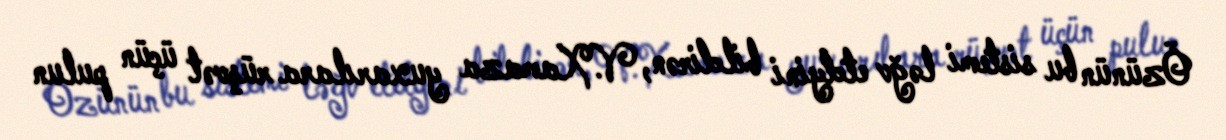
Özünün bu sistemi ləğv etdyini bildirən, V.Xamaza yuxarılara rüşvət üçün pulun